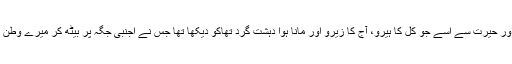
میں نے دلچسپی اور حیرت سے اُسے جو کل کا ہیرو، آج کا زیرو اور مانا ہوا دہشت گرد تھاکو دیکھا تھا جس نے اجنبی جگہ پر بیٹھ کر میرے وطن کی بات کی تھی۔